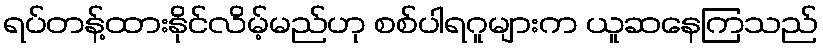
ရပ်တန့်ထားနိုင်လိမ့်မည်ဟု စစ်ပါရဂူများက ယူဆနေကြသည်